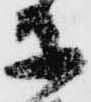
等